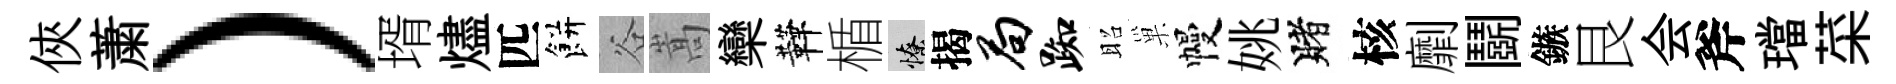
俠䔥）壻燼匹餅谷嵩欒鞾楯憭揭局踟昭巢幔姚賭核劘鬬鏃艮会斧璫菜